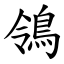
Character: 鴒